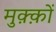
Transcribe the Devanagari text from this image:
मुक़्क़ों